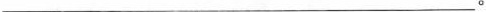
___。